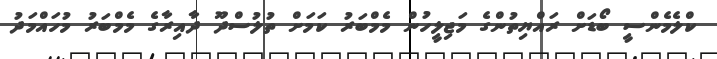
ކްލެމެންސީ ބޯޑަށް ރައްޔިތުންގެ މަޖިލީހުން މެމްބަރު ކަމަށް ތުލުސްދޫ ދާއިރާގެ މެމްބަރު މުހައްމަދު